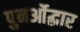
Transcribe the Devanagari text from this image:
पुनर्ओद्धार